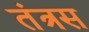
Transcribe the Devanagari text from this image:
तंत्रस